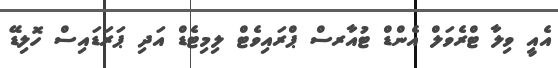
އެއީ ވިލާ ޓްރެވަލް އެންޑް ޓުއާރސް ޕްރައިވެޓް ލިމިޓެޑް އަދި ޕަރަޑައިސް ހޮލިޑޭ